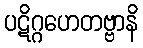
ပဋိဂ္ဂဟေတဗ္ဗာနိ